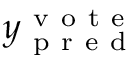
y _ { \mathrm { ~ p ~ r ~ e ~ d ~ } } ^ { \mathrm { ~ v ~ o ~ t ~ e ~ } }